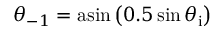
\theta _ { - 1 } = \mathrm { a s i n } \left( 0 . 5 \sin \theta _ { \mathrm { i } } \right)